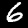
Label: 6